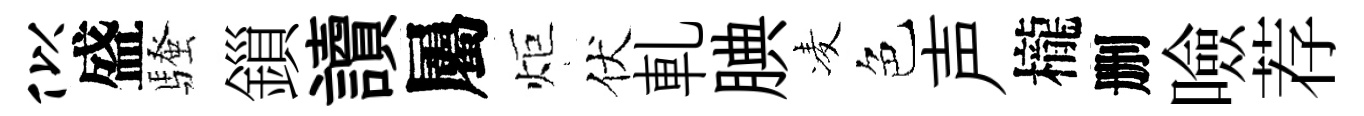
似盛騷鎻讀屬炬伏軋腆凌色声櫳删噞荐